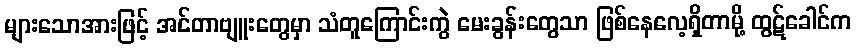
များသောအားဖြင့် အင်တာဗျူးတွေမှာ သံတူကြောင်းကွဲ မေးခွန်းတွေသာ ဖြစ်နေလေ့ရှိတာမို့ ထွဋ်ခေါင်က